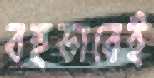
বহুভাবেই